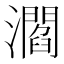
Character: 㶄